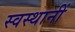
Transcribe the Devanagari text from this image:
स्वस्थानीं